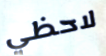
لاحظي